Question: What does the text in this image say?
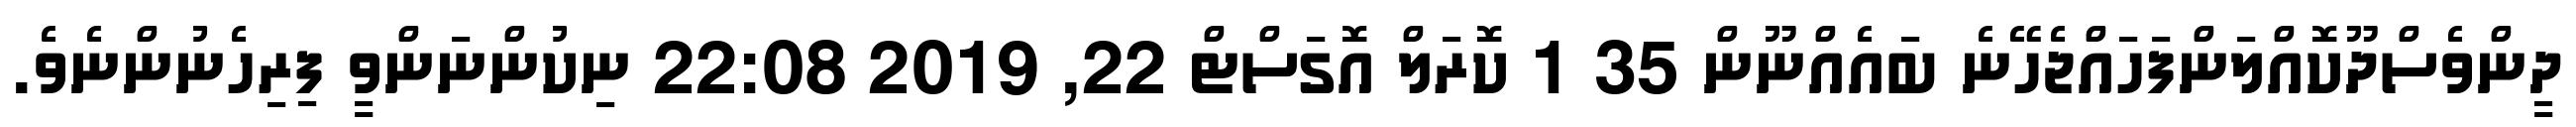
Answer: ދީންވެސްދޫކޮއްލަންފަހައްޖެހޭނެ ބައެއްނޫން 35 1 ކޮރަލް އޮގަސްޓް 22, 2019 22:08 ނިކުންނަންވީ ފިރިހެނުންނެވެ.